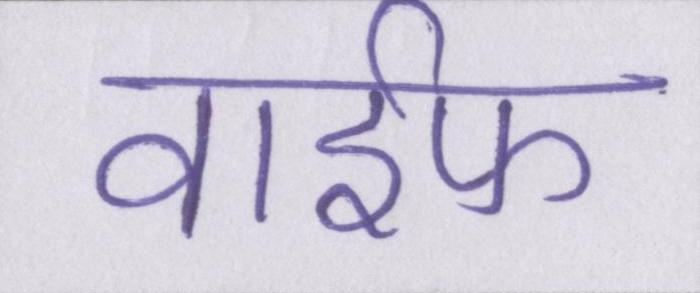
वाईफ